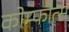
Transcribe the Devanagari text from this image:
कोम्फोर्त्स